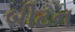
બીટન